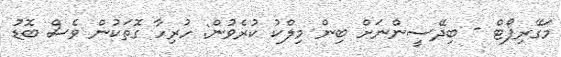
މަގޭރިޕޯޓް - ބިދޭސީންނަށް ބިން މިލްކު ކުރެވުން: ހުރިހާ ގޮތަކުން ވެސް ބޮޑު